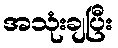
အသုံးချပြီး